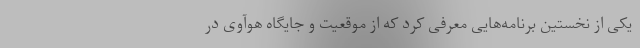
یکی از نخستین برنامه‌هایی معرفی کرد که از موقعیت و جایگاه هوآوی در